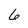
Character: 6